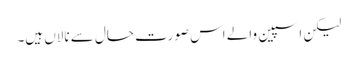
لیکن اسپین والے اس صورت حال سے نالاں ہیں۔